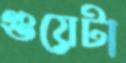
গুয়েটা